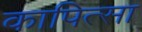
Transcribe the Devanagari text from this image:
कापित्सा